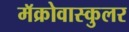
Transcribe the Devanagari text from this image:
मॅक्रोवास्कुलर